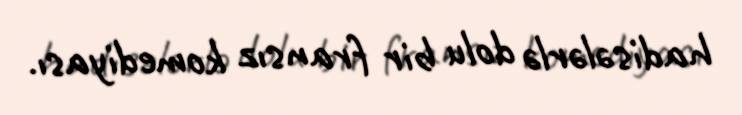
hadisələrlə dolu bir fransız komediyası.